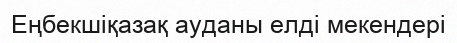
Еңбекшіқазақ ауданы елді мекендері